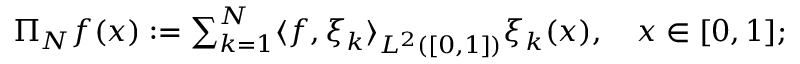
\begin{array} { r } { \Pi _ { N } f ( x ) : = \sum _ { k = 1 } ^ { N } \langle f , \xi _ { k } \rangle _ { L ^ { 2 } ( [ 0 , 1 ] ) } \xi _ { k } ( x ) , \quad x \in [ 0 , 1 ] ; } \end{array}